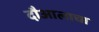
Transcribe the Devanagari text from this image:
दौआलाचा